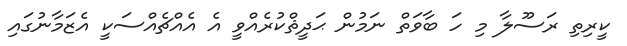
ކީރިތި ރަސޫލާ މި ހަ ބާވަތް ނަމުން ޙަދީޘްކުރެއްވީ އެ އެއްޗެއްސަކީ އެޒަމާނުގައި